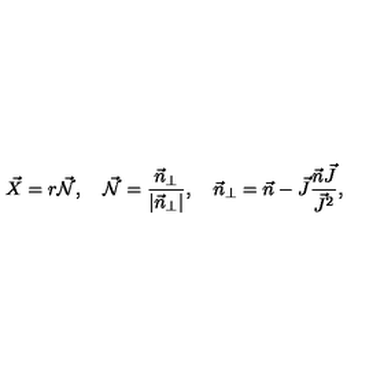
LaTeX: \vec { X } = r \vec { \cal N } , \quad \vec { \cal N } = \frac { \vec { n } _ { \perp } } { | \vec { n } _ { \perp } | } , \quad \vec { n } _ { \perp } = \vec { n } - \vec { J } \frac { \vec { n } \vec { J } } { \vec { J } ^ { 2 } } ,